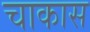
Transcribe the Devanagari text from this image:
चाकास